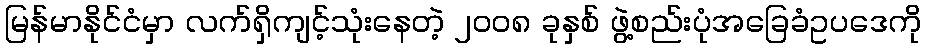
မြန်မာနိုင်ငံမှာ လက်ရှိကျင့်သုံးနေတဲ့ ၂၀၀၈ ခုနှစ် ဖွဲ့စည်းပုံအခြေခံဥပဒေကို